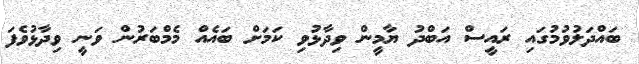
ބައްދަލުވުމުގައި ރައީސް އަބްދު ޔާމީން ވިދާޅުވި ކަމަށް ބައެއް މެމްބަރުން ވަނީ ވިދާޅުވެފަ